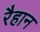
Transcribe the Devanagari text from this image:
रैहान